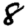
Digit: 8